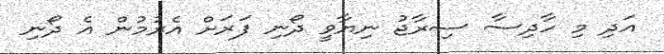
އަދި މި ހާދިސާ ސިރާޖު ނިޔާވީ ދޯނި ފަރަށް އެރުމުން އެ ދޯނި